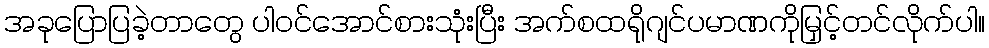
အခုပြောပြခဲ့တာတွေ ပါဝင်အောင်စားသုံးပြီး အက်စထရိုဂျင်ပမာဏကိုမြှင့်တင်လိုက်ပါ။